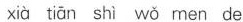
xià tiān shì wò men de